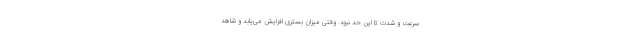
سرعت و شدت تا این حد نبود. وقتی میزان بستری افزایش می‌یابد و شاهد